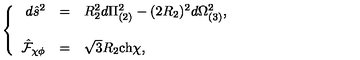
\left\{ \begin{array} { r c l } { d \hat { s } ^ { 2 } } & { = } & { R _ { 2 } ^ { 2 } d \Pi _ { ( 2 ) } ^ { 2 } - ( 2 R _ { 2 } ) ^ { 2 } d \Omega _ { ( 3 ) } ^ { 2 } , } \\ { } & { } & { } \\ { \hat { \mathcal { F } } _ { \chi \phi } } & { = } & { \sqrt { 3 } R _ { 2 } \mathrm { c h } \chi , } \\ \end{array} \right.